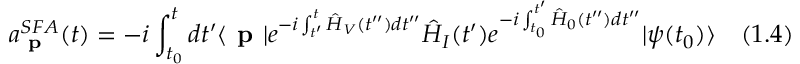
a _ { \textbf { p } } ^ { S F A } ( t ) = - i \int _ { t _ { 0 } } ^ { t } d t ^ { \prime } \langle { \textbf { p } } | e ^ { - i \int _ { t ^ { \prime } } ^ { t } { \hat { H } } _ { V } ( t ^ { \prime \prime } ) d t ^ { \prime \prime } } { \hat { H } } _ { I } ( t ^ { \prime } ) e ^ { - i \int _ { t _ { 0 } } ^ { t ^ { \prime } } { \hat { H } } _ { 0 } ( t ^ { \prime \prime } ) d t ^ { \prime \prime } } | { \psi ( t _ { 0 } ) } \rangle \quad ( 1 . 4 )